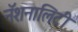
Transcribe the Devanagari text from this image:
नॅशनालिटी